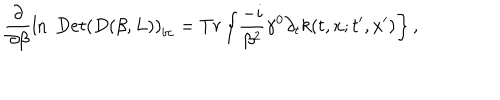
\frac \partial { \partial \beta } \ln \ D e t \left( D ( \beta , L ) \right) _ { b c } = T r \left\{ \frac { - i } { \beta ^ { 2 } } \gamma ^ { 0 } \partial _ { t } k ( t , x ; t ^ { \prime } , x ^ { \prime } ) \right\} ,